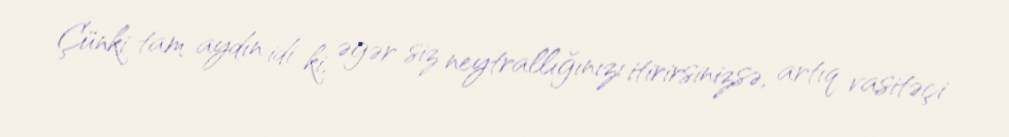
Çünki tam aydın idi ki, əgər siz neytrallığınızı itirirsinizsə, artıq vasitəçi